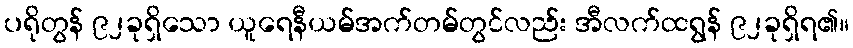
ပရိုတွန် ၉၂ခုရှိသော ယူရေနီယမ်အက်တမ်တွင်လည်း အီလက်ထရွန် ၉၂ခုရှိရ၏။